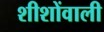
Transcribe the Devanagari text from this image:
शीशोंवाली